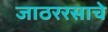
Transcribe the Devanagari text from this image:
जाठररसाचे